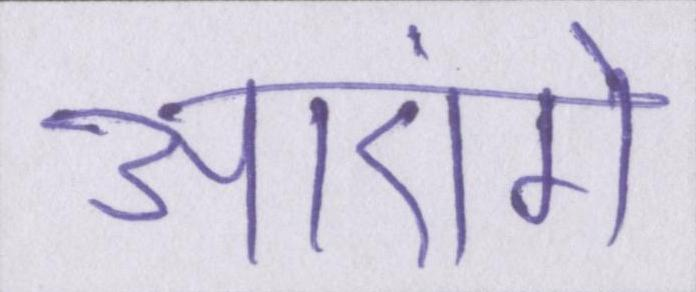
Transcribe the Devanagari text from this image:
आएंगे